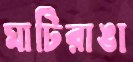
মাটিরাঙা